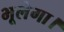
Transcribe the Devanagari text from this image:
भूलेगा।